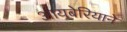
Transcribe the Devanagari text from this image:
आयबेरियाने